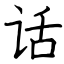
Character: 话